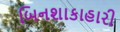
બિનશાકાહારી